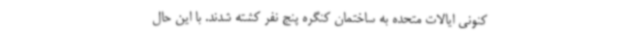
کنونی ایالات متحده به ساختمان کنگره پنج نفر کشته شدند. با این حال